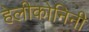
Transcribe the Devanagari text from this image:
हेलीकोनिनी